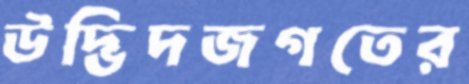
উদ্ভিদজগতের